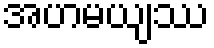
အဟမယျဿ